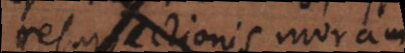
resurrectionis cum